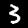
Digit: 3